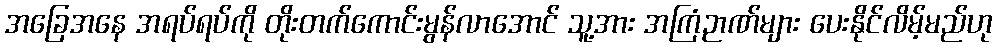
အခြေအနေ အရပ်ရပ်ကို တိုးတက်ကောင်းမွန်လာအောင် သူ့အား အကြံဉာဏ်များ ပေးနိုင်လိမ့်မည်ဟု